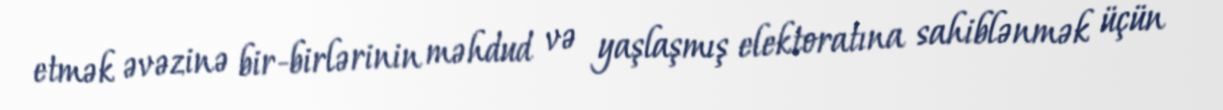
etmək əvəzinə bir-birlərinin məhdud və yaşlaşmış elektoratına sahiblənmək üçün